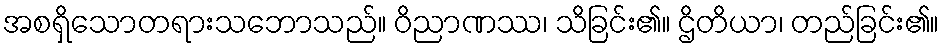
အစရှိသောတရားသဘောသည်။ ဝိညာဏဿ၊ သိခြင်း၏။ ဌိတိယာ၊ တည်ခြင်း၏။